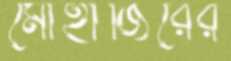
মোহাজিরের